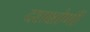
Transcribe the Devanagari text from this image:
दशक्षोणी